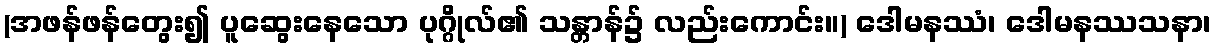
(အဖန်ဖန်တွေး၍ ပူဆွေးနေသော ပုဂ္ဂိုလ်၏ သန္တာန်၌ လည်းကောင်း။) ဒေါမနဿံ၊ ဒေါမနဿသနာ၊